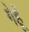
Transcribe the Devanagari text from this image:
गेहूॅ